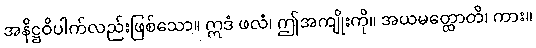
အနိဋ္ဌဝိပါက်လည်းဖြစ်သော။ ဣဒံ ဖလံ၊ ဤအကျိုးကို။ အယမတ္ထောတိ၊ ကား။